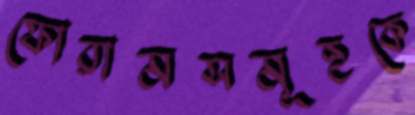
ফোরামসমূহকে